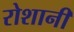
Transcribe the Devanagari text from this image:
रोशानी